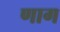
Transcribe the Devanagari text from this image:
णाग